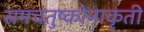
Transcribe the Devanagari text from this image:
समचतुष्कोनाकृती